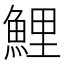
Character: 鯉